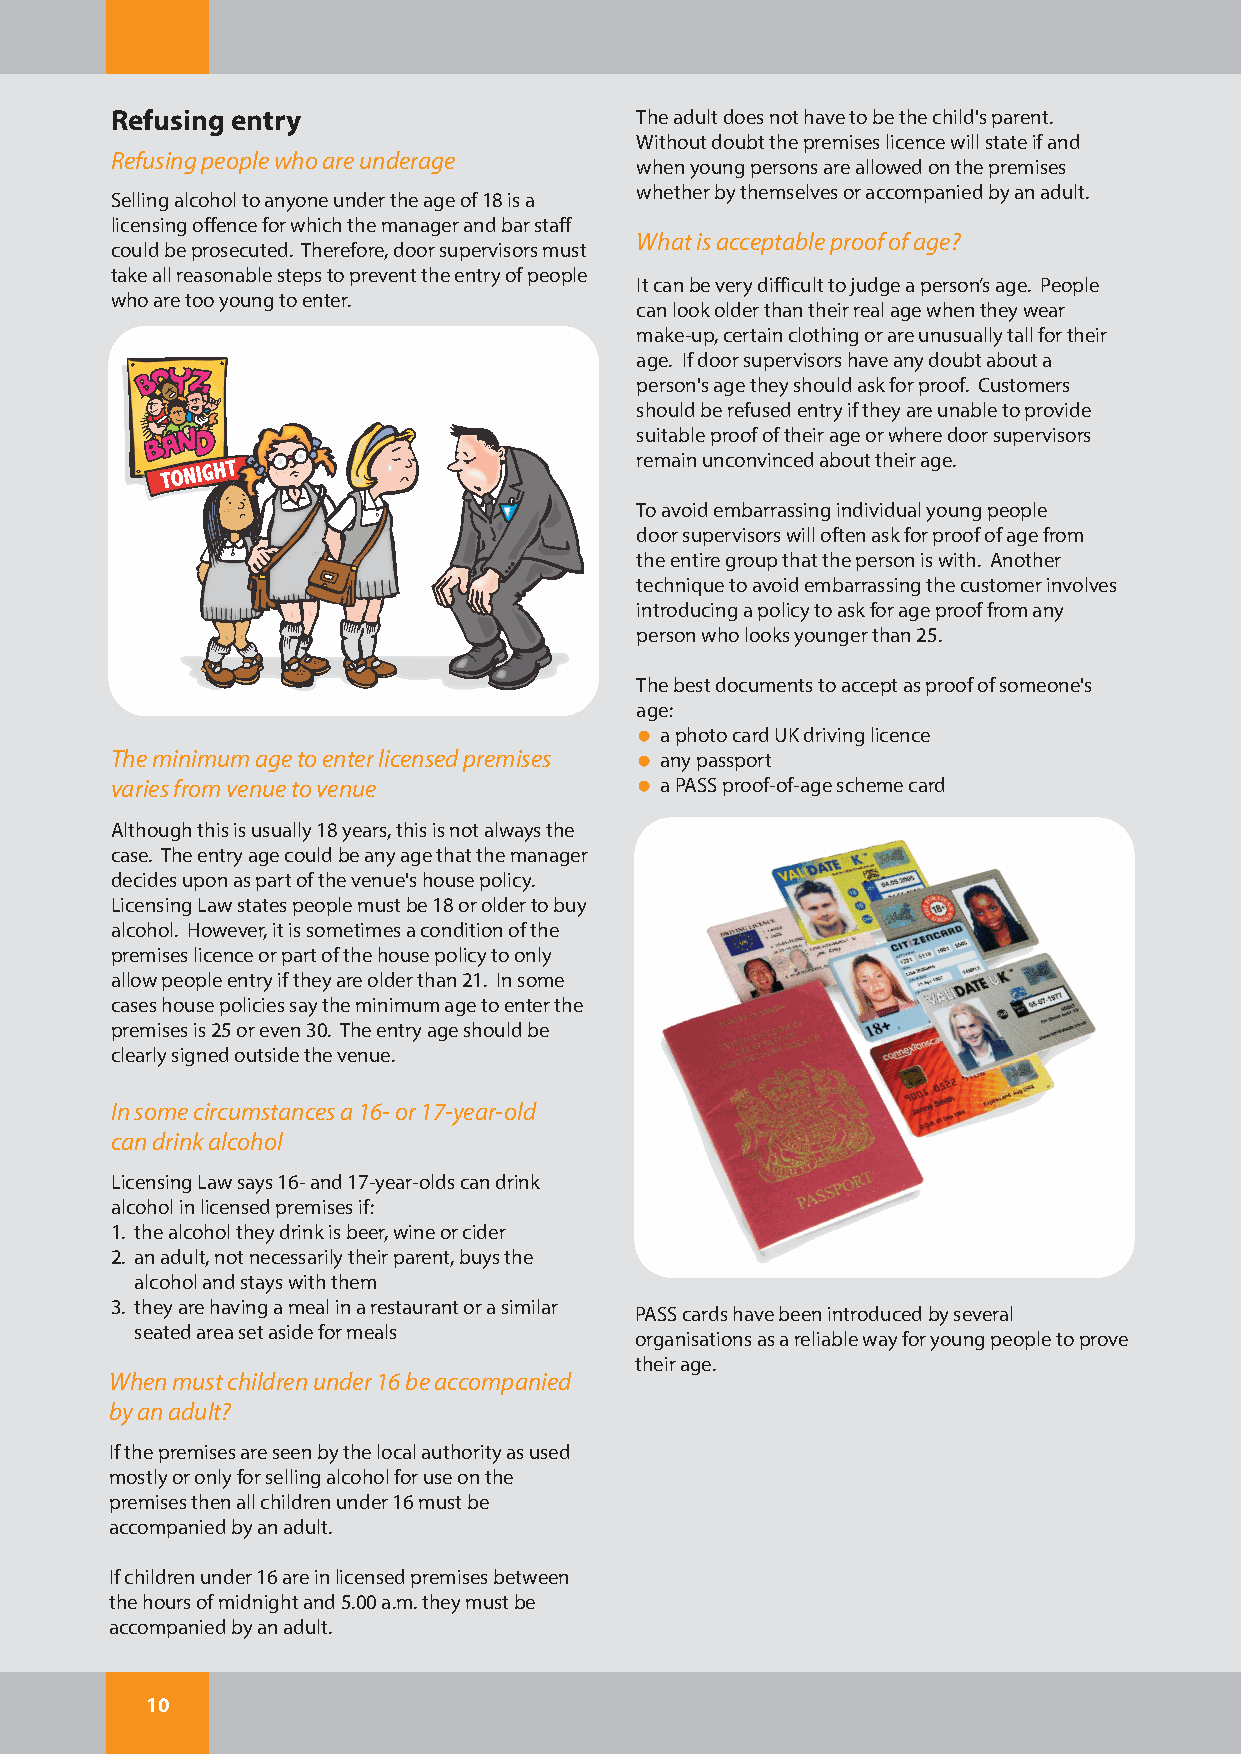
Refusing entry                     The adult does not have to be the child's parent.
 Without doubt the premises licence will state if and
 Refusing people who are underage
 when young persons are allowed on the premises
 whether by themselves or accompanied by an adult.
 Selling alcohol to anyone under the age of 18 is a
 licensing offence for which the manager and bar staff
 What is acceptable proof of age?
 could be prosecuted. Therefore, door supervisors must
 take all reasonable steps to prevent the entry of people
 It can be very difficult to judge a person’s age. People
 who are too young to enter.
 can look older than their real age when they wear
 make-up, certain clothing or are unusually tall for their
 age. If door supervisors have any doubt about a
 person's age they should ask for proof. Customers
 should be refused entry if they are unable to provide
 suitable proof of their age or where door supervisors
 remain unconvinced about their age.
 To avoid embarrassing individual young people
 door supervisors will often ask for proof of age from
 the entire group that the person is with. Another
 technique to avoid embarrassing the customer involves
 introducing a policy to ask for age proof from any
 person who looks younger than 25.
 The best documents to accept as proof of someone's
 age:
 a photo card UK driving licence
 The minimum age to enter licensed premises any passport
 varies from venue to venue           a PASS proof-of-age scheme card
 Although this is usually 18 years, this is not always the
 case. The entry age could be any age that the manager
 decides upon as part of the venue's house policy.
 Licensing Law states people must be 18 or older to buy
 alcohol. However, it is sometimes a condition of the
 premises licence or part of the house policy to only
 allow people entry if they are older than 21. In some
 cases house policies say the minimum age to enter the
 premises is 25 or even 30. The entry age should be
 clearly signed outside the venue.
 In some circumstances a 16- or 17-year-old
 can drink alcohol
 Licensing Law says 16- and 17-year-olds can drink
 alcohol in licensed premises if:
 1. the alcohol they drink is beer, wine or cider
 2. an adult, not necessarily their parent, buys the
 alcohol and stays with them
 3. they are having a meal in a restaurant or a similar
 PASS cards have been introduced by several
 seated area set aside for meals
 organisations as a reliable way for young people to prove
 their age.
 When must children under 16 be accompanied
 by an adult?
 If the premises are seen by the local authority as used
 mostly or only for selling alcohol for use on the
 premises then all children under 16 must be
 accompanied by an adult.
 If children under 16 are in licensed premises between
 the hours of midnight and 5.00 a.m. they must be
 accompanied by an adult.
 10